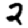
Digit: 2